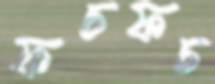
ফচফচ